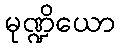
မုဏ္ဍိယော